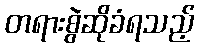
တရားစွဲဆိုခံရသည့်